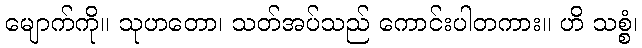
မျောက်ကို။ သုဟတော၊ သတ်အပ်သည် ကောင်းပါတကား။ ဟိ သစ္စံ၊